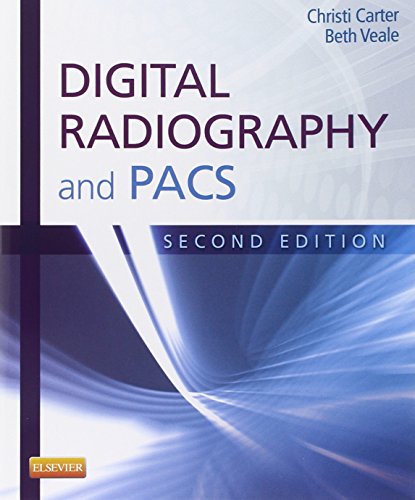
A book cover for Digital Radiography and PACS, 2e; Christi Carter MSRS  RT(R); Medical Books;